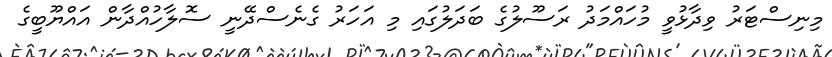
މިނިސްޓަރު ވިދާޅުވީ މުހައްމަދު ރަސޫލުގެ ބަދަލުގައި މި އަހަރު ގެނެސްދޭނީ ސޮލާހުއްދާން އައްޔޫބީގެ